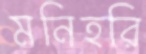
মনিহরি